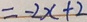
= - 2 x + 2